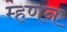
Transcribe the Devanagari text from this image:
म्हणन